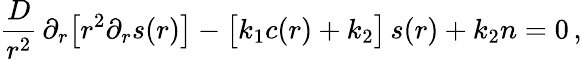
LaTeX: \frac{D}{r^{2}}\, \partial_{r}\bigl[r^{2}\partial_{r}s(r)\bigr]-\bigl[k_{1}c(r)+k_{2}\bigr]\, s(r)+k_{2}n=0\, ,